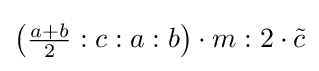
\left({\tfrac {a+b}{2}}:c:a:b\right)\cdot m:2\cdot {\tilde {c}}